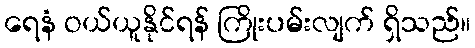
ရေနံ ဝယ်ယူနိုင်ရန် ကြိုးပမ်းလျက် ရှိသည်။